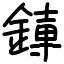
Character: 𫟱